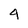
Character: 4